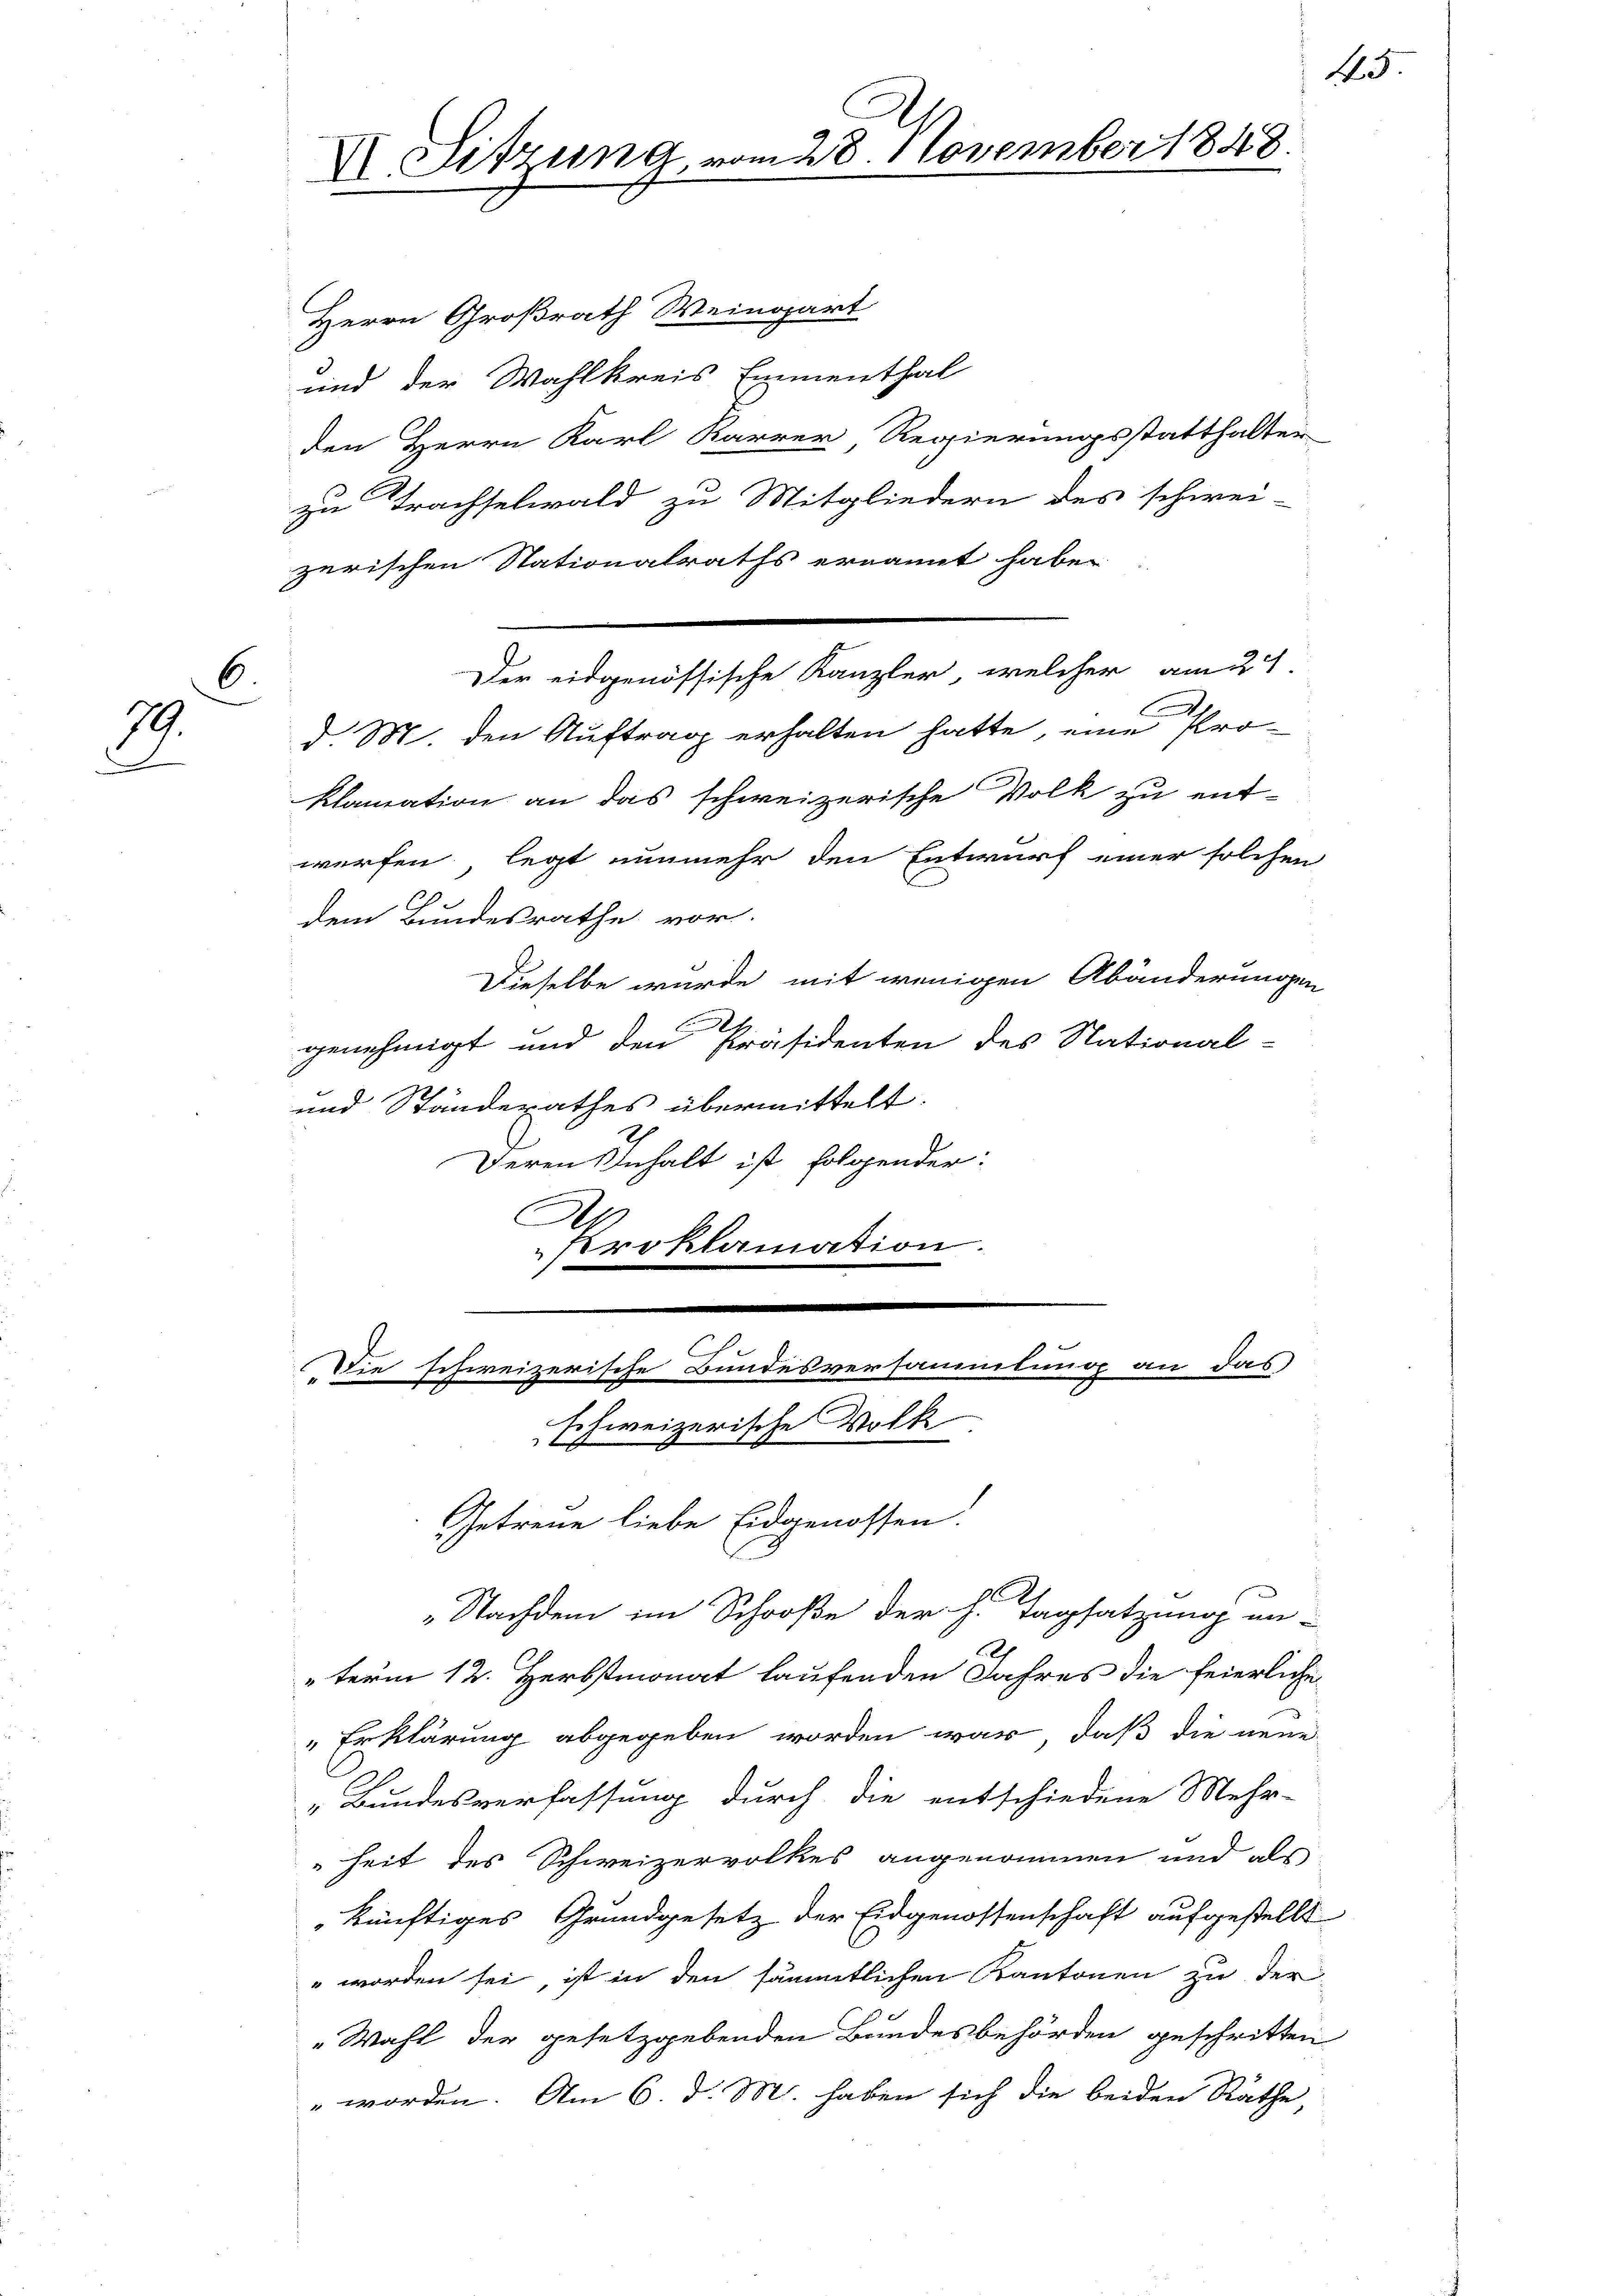
6.
79.
d

den Herrn Karl Karrer Regierungsstatthalter
zu Trachselwald zu Mitgliedern des schwei-
zerischen Stationalraths ernannt habe.
d. M. den Auftrag erhalten hatte, eine Proklamation an das schweizerische Volk zu entwerfen, legt nunmehr den Entwurf einer solchen
dem Bundesrathe vor.
Dieselbe wurde mit wenigen Abänderungen
genehmigt und den Präsidenten des National-
und Ständerathes übermittelt.
Deren Inhalt ist folgender:
A
Proklamation.

Herrn Großrath Weingart
und der Wahlkreis Emmenthal

VI. Sitzung, vom 28. November 1848.

Der eidgenössische Kanzler, welcher am 24.

Die schweizerische Bundesversammlung an das
schweizerische Volk
2

Getreue liebe Eidgenossen.
C
„Nachdem im Schroße der h. Tagsatzung an-
term 12. Herbstmonat laufenden Jahres die feierliche

15

"Erklärung abgegeben worden war, daß die neue
„Bundesverfassung durch die entschiedene Mehr-
heit des Schweizervolkes angenommen und als
künftiges Grundgesetz der Eidgenossenschaft aufgestellt
" worden sei, ist in den sämmtlichen Kantonen zu der
"Wahl der gesetzgebenden Bandesbehörden geschritten
" worden. Am 6. d. M. haben sich die beiden Rathe,